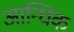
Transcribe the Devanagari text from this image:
आन्धिक